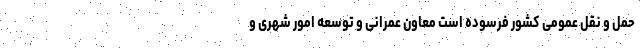
حمل و نقل عمومی کشور فرسوده است معاون عمرانی و توسعه امور شهری و